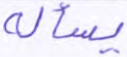
يسأله